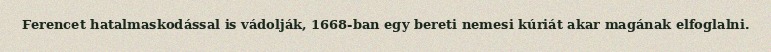
Ferencet hatalmaskodással is vádolják, 1668-ban egy bereti nemesi kúriát akar magának elfoglalni.